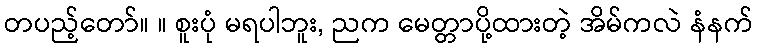
တပည့်တော်။ ။ စူးပုံ မရပါဘူး, ညက မေတ္တာပို့ထားတဲ့ အိမ်ကလဲ နံနက်